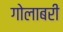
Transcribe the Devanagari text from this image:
गोलाबरी